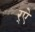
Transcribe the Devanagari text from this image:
र्‌ऐ